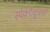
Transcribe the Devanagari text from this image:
स्पेक्टैकुलर